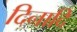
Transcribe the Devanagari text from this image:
दिनादि